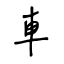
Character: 車